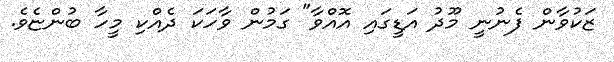
ޒަކުވާން ފެނުނީ މޫދު އަޑީގައި އޮއްވާ" ގަމުން ވާހަކަ ދެއްކި މީހާ ބުންޏެވެ.